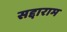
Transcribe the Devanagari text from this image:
सद्दाराम